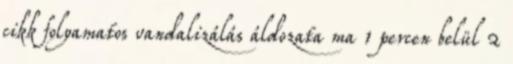
cikk folyamatos vandalizálás áldozata ma 1 percen belül 2